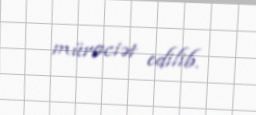
müraciət edilib.